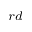
^ { r d }